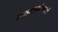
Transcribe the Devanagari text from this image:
समस्तयोजनाओं